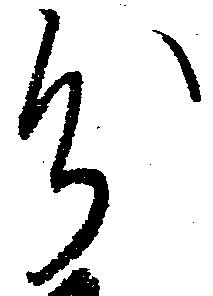
分